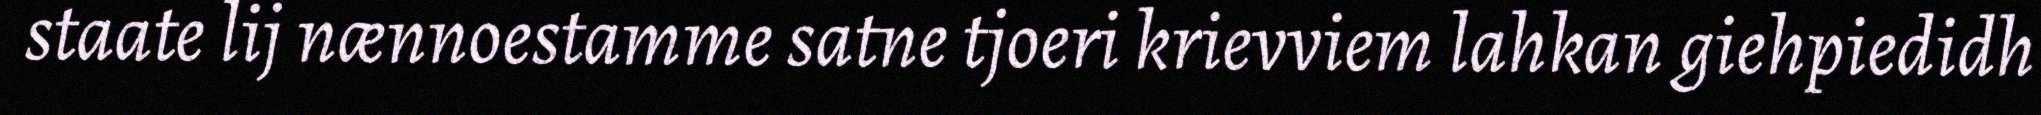
staate lij nænnoestamme satne tjoeri krievviem lahkan giehpiedidh